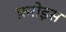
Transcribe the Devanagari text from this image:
फ़रोइस